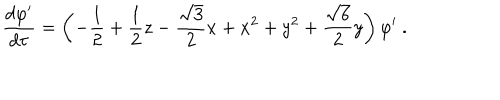
\frac { d \varphi ^ { \prime } } { d \tau } = \left( - \frac 1 2 + \frac 1 2 z - \frac { \sqrt { 3 } } { 2 } x + x ^ { 2 } + y ^ { 2 } + \frac { \sqrt 6 } { 2 } y \right) \varphi ^ { \prime } \ .